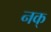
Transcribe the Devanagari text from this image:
नक्